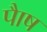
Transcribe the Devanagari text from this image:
पाैष